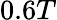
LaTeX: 0.6T